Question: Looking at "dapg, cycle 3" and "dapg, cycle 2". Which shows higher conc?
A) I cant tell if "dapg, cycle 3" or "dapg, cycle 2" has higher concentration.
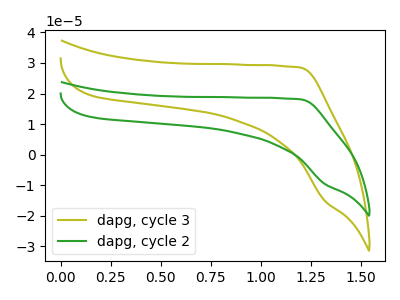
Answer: <think>The olive curve "dapg, cycle 3" has no peaks. The green curve "dapg, cycle 2" has no peaks.
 Neither "dapg, cycle 3" or "dapg, cycle 2" have any peaks.</think>
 <answer>A) I cant tell if "dapg, cycle 3" or "dapg, cycle 2" has higher concentration.</answer>
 <eval>A</eval>